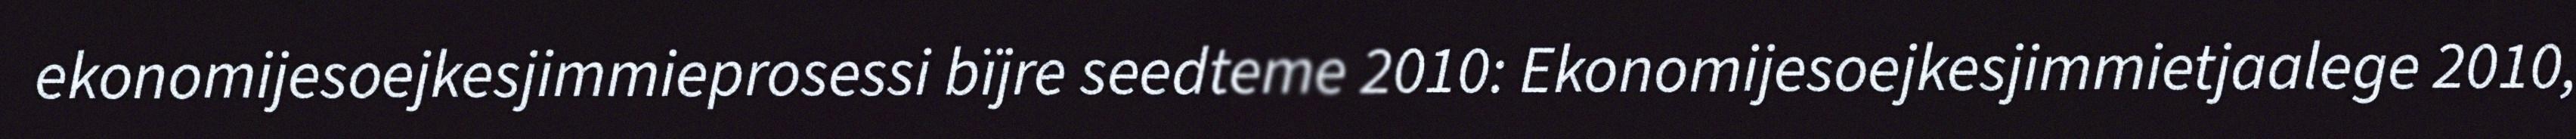
ekonomijesoejkesjimmieprosessi bïjre seedteme 2010: Ekonomijesoejkesjimmietjaalege 2010,